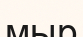
мыр